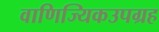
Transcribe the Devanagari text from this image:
वाणिज्यिकउपग्रह